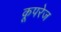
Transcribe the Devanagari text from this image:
कूपरेज